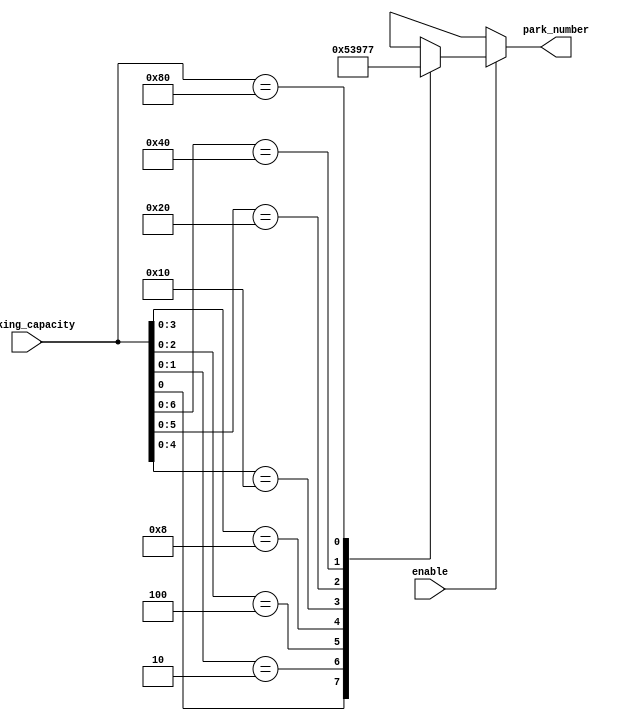
/*--  *******************************************************
--  Computer Architecture Course, Laboratory Sources 
--  Amirkabir University of Technology (Tehran Polytechnic)
--  Department of Computer Engineering (CE-AUT)
--  https://ce[dot]aut[dot]ac[dot]ir
--  *******************************************************
--  All Rights reserved (C) 2021-2022
--  *******************************************************
--  Student ID  : 9931072 - 9931078
--  Student Name: sina shariati - kimia montazeri
--  Student Mail: sina.shariati@aut.ac.ir - kimia.mtz@gmail.com
--  *******************************************************
--*/
/*-----------------------------------------------------------
---  Module Name: park_space_number 
-----------------------------------------------------------*/
`timescale 1 ns/1 ns
module park_space_number(enable, parking_capacity, park_number);
input enable;
input [7:0] parking_capacity;
output reg [2:0] park_number;

always @(enable or parking_capacity) begin
    if (enable == 1) begin
        casex (parking_capacity)
            8'bxxxxxxx1: park_number = 3'b000;
            8'bxxxxxx10: park_number = 3'b001;
            8'bxxxxx100: park_number = 3'b010;
            8'bxxxx1000: park_number = 3'b011;
            8'bxxx10000: park_number = 3'b100;
            8'bxx100000: park_number = 3'b101;
            8'bx1000000: park_number = 3'b110;
            8'b10000000: park_number = 3'b111;
            default: park_number = 3'bxxx;
        endcase 
    end else begin
        park_number = 3'bxxx;
    end
end
endmodule